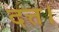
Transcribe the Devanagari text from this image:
दत्त।